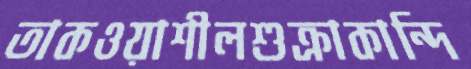
তাকওয়াশীলশুক্রাকান্দি